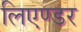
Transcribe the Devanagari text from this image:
लिएण्डर